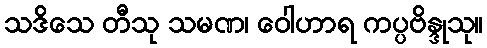
သဒိသေ တီသု သမဏ၊ ဝေါဟာရ ကပ္ပဗိန္ဒုသု။